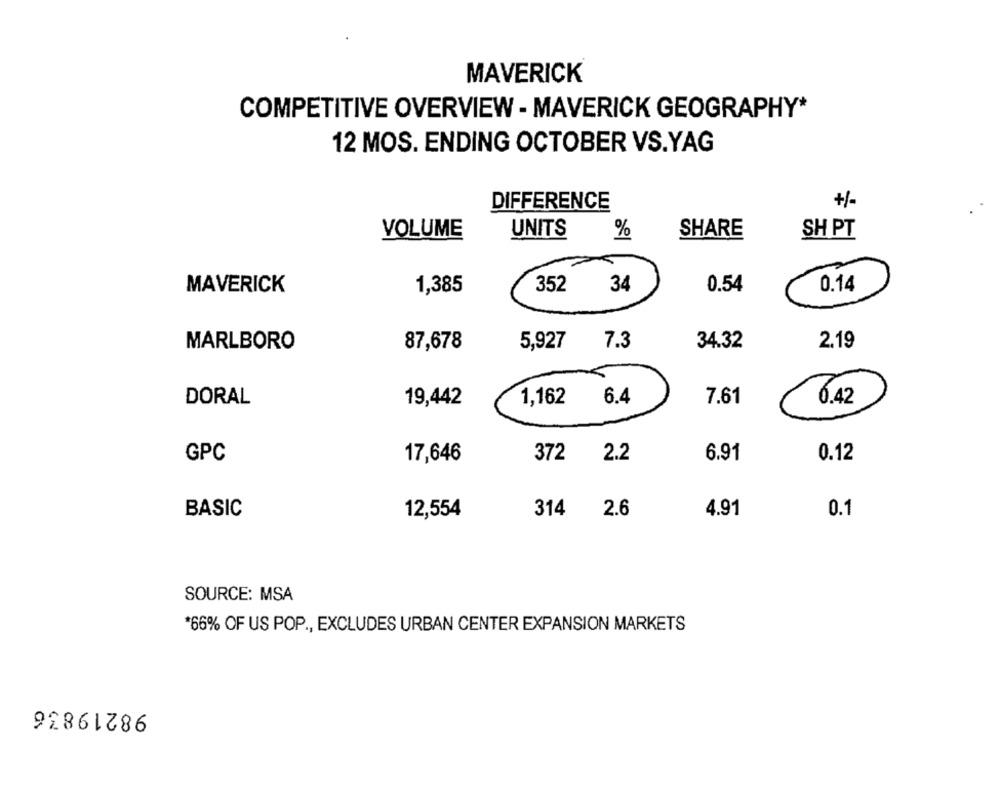
MAVERICK
COMPETITIVE OVERVIEW - MAVERICK GEOGRAPHY*
12 MOS. ENDING OCTOBER VS.YAG
DIFFERENCE
+/-
VOLUME
UNITS
%
SHARE
SH PT
MAVERICK
1,385
352
34
0.54
0.14
MARLBORO
87,678
5,927
7.3
34.32
2.19
DORAL
19,442
1,162
6.4
7.61
0.42
GPC
17,646
372
2.2
6.91
0.12
BASIC
12,554
314
2.6
4.91
0.1
SOURCE: MSA
*66% OF US POP ., EXCLUDES URBAN CENTER EXPANSION MARKETS
98219836